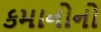
કમાનોનો